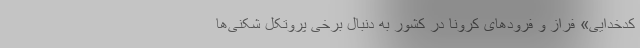
کدخدایی» فراز و فرودهای کرونا در کشور به دنبال برخی پروتکل شکنی‌ها